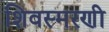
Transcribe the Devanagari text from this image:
शिवस्मरणी